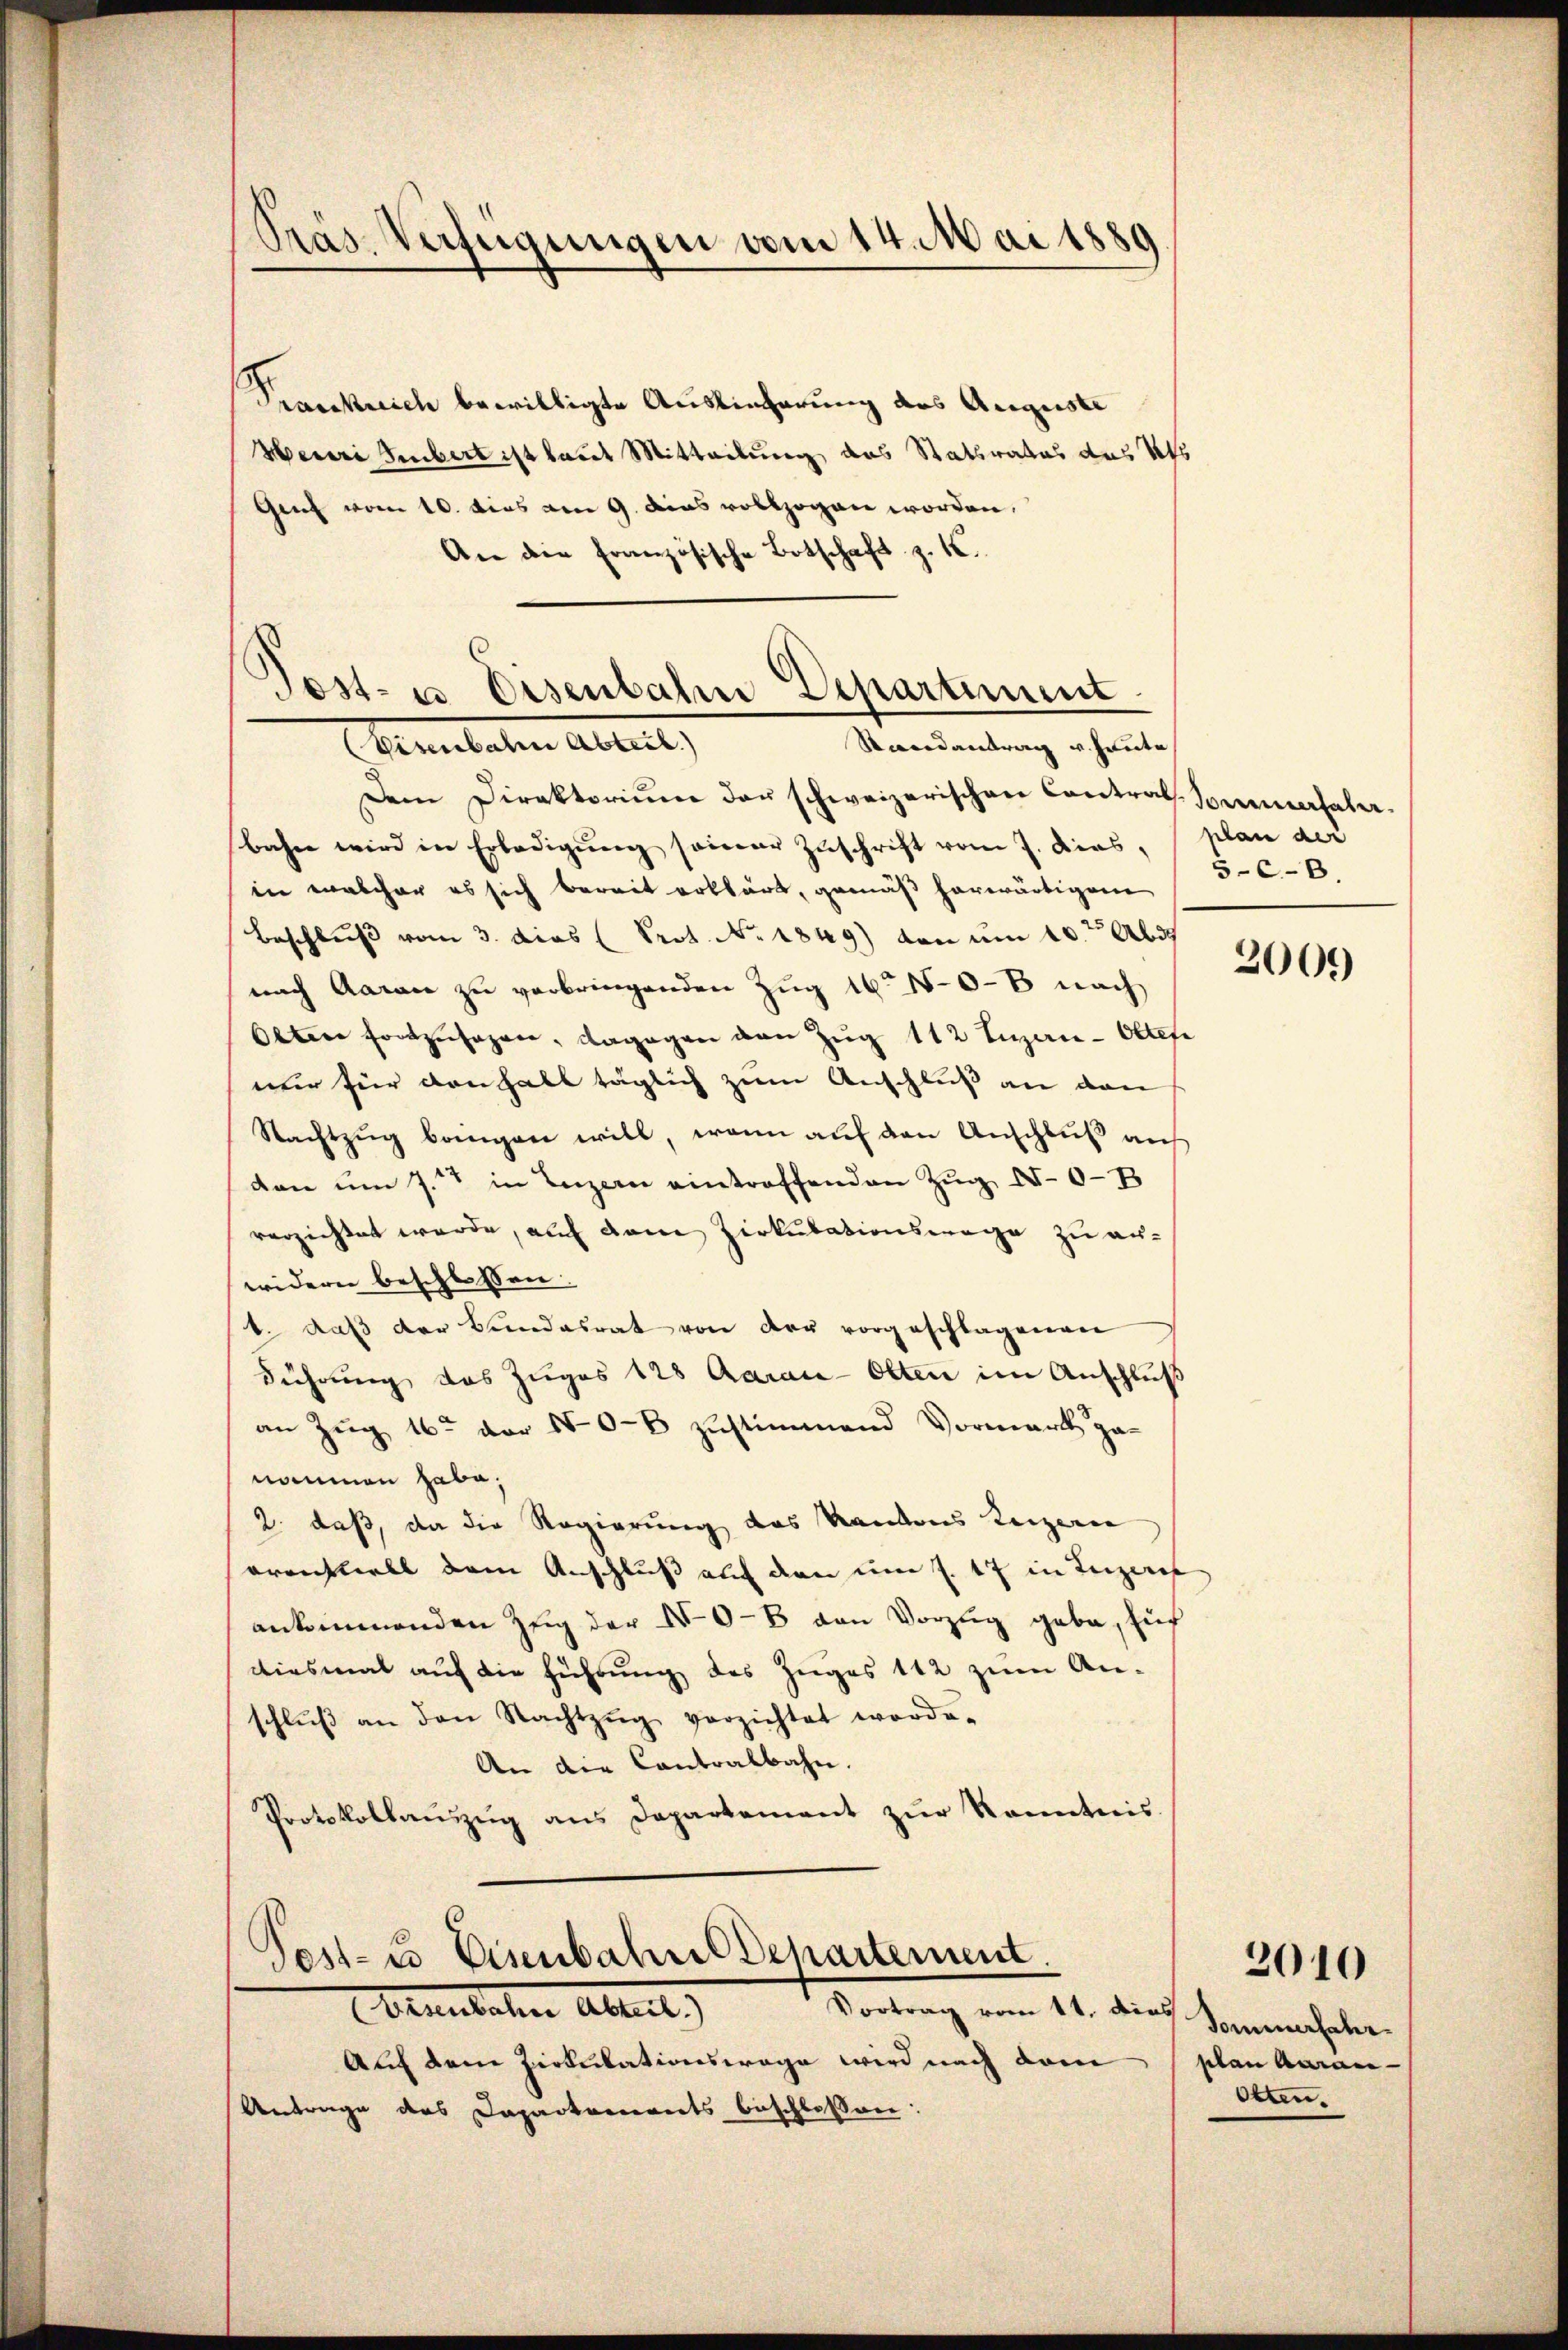
Präs. Verfügungen vom 14. Mai 1880

Krosskreich bewilligte Auslieferung des Auguste
Henri Subert ist laut Mitteilung das Statsrates das St
Genf vom 10. dies vom 9. dies vollzogen worden.
An die französische Botschaft z. K.

Jost- u Eisenbahn Departin
Randantrag v. Heute
Visenbahre Abteil)

Dem Direktorium der schweizerischen Contral-Sommertaler-
bahn wird in Erledigŭng seiner Zuschrift vom 7. dies, (plan der
in welcher es sich bereit erklärt, gemäß herwärtigen
Beschluß vom 3. dies (Prot. No. 1849) von um 10te Abd
nach Aaran zu verbringenden Zug 1610-8 nach
Otten fortzusagen, dagegen von Zug 112 Luzern-Oltefe
mir für danhalt täglich zum Anschluß an den
Nachtzŭg bangen will, wenn aŭf den Anschlŭβ aŭf
den ŭm J. in Luzern eintreffenden Zŭg X.0-B
verzichtet werde, auf den Zirkulationswege zu an-
widern beschlossen:
b. daβ der Bundesrat von der vorgeschlagenen
Führung des Zuges 128 Aarau-Otten im Anschluß
an Zug 16 vor N0-B zustimmend Vormark ga-
nommen habe,
2. daß, da die Regierung des Kantons Luzern
errechtiell dem Anschluß auf den um J. 17 in Luzer
ankommenden Zŭg der N0-8 von Vorzug gebe, für
diesmal auf die führung des Zuges 112 zum An-
schlŭβ an den Nachtzŭg verzichtet worde.
An die Contralbahn.
Protokollaŭszŭg ans Departement zŭr Kenntnis

Auf dem Zirkulationswage wird nach dem
Antrage des Dapartements beschlossen:

sest- & Eisenbahne Departement.
Vortrag vom 11. dies
Guntaten allet

5-C-8.

2009

Sommerfahr
plan auraie
bten.

2010